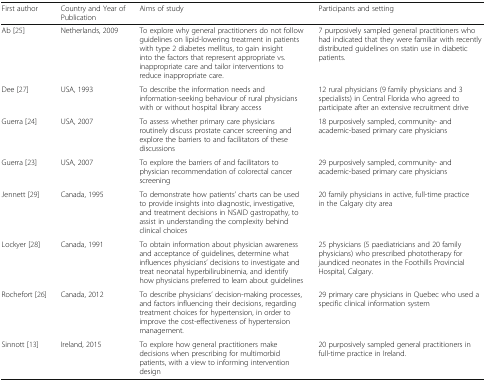
<table><thead><tr><td><b>First author</b></td><td><b>Country and Year of Publication</b></td><td><b>Aims of study</b></td><td><b>Participants and setting</b></td></tr></thead><tbody><tr><td>Ab [25]</td><td>Netherlands, 2009</td><td>To explore why general practitioners do not follow guidelines on lipid-lowering treatment in patients with type 2 diabetes mellitus, to gain insight into the factors that represent appropriate vs. inappropriate care and tailor interventions to reduce inappropriate care.</td><td>7 purposively sampled general practitioners who had indicated that they were familiar with recently distributed guidelines on statin use in diabetic patients.</td></tr><tr><td>Dee [27]</td><td>USA, 1993</td><td>To describe the information needs and information-seeking behaviour of rural physicians with or without hospital library access</td><td>12 rural physicians (9 family physicians and 3 specialists) in Central Florida who agreed to participate after an extensive recruitment drive</td></tr><tr><td>Guerra [24]</td><td>USA, 2007</td><td>To assess whether primary care physicians routinely discuss prostate cancer screening and explore the barriers to and facilitators of these discussions</td><td>18 purposively sampled, community- and academic-based primary care physicians</td></tr><tr><td>Guerra [23]</td><td>USA, 2007</td><td>To explore the barriers of and facilitators to physician recommendation of colorectal cancer screening</td><td>29 purposively sampled, community- and academic-based primary care physicians</td></tr><tr><td>Jennett [29]</td><td>Canada, 1995</td><td>To demonstrate how patients’ charts can be used to provide insights into diagnostic, investigative, and treatment decisions in NSAID gastropathy, to assist in understanding the complexity behind clinical choices</td><td>20 family physicians in active, full-time practicein the Calgary city area</td></tr><tr><td>Lockyer [28]</td><td>Canada, 1991</td><td>To obtain information about physician awareness and acceptance of guidelines, determine what influences physicians’ decisions to investigate and treat neonatal hyperbilirubinemia, and identify how physicians preferred to learn about guidelines</td><td>25 physicians (5 paediatricians and 20 family physicians) who prescribed phototherapy for jaundiced neonates in the Foothills Provincial Hospital, Calgary.</td></tr><tr><td>Rochefort [26]</td><td>Canada, 2012</td><td>To describe physicians’ decision-making processes, and factors influencing their decisions, regarding treatment choices for hypertension, in order to improve the cost-effectiveness of hypertension management.</td><td>29 primary care physicians in Quebec who used a specific clinical information system</td></tr><tr><td>Sinnott [13]</td><td>Ireland, 2015</td><td>To explore how general practitioners make decisions when prescribing for multimorbid patients, with a view to informing intervention design</td><td>20 purposively sampled general practitioners in full-time practice in Ireland.</td></tr></tbody></table>